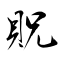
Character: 貺